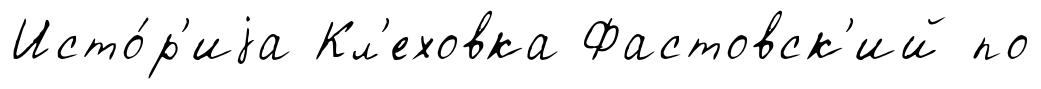
Исто́р'иjа Кл'еховка Фастовск'ий по